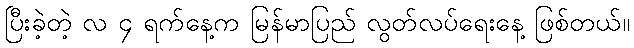
ပြီးခဲ့တဲ့ လ ၄ ရက်နေ့က မြန်မာပြည် လွတ်လပ်ရေးနေ့ ဖြစ်တယ်။